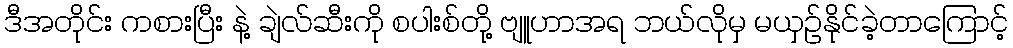
ဒီအတိုင်း ကစားပြီး နဲ့ ချဲလ်ဆီးကို စပါးစ်တို့ ဗျူဟာအရ ဘယ်လိုမှ မယှဉ်နိုင်ခဲ့တာကြောင့်